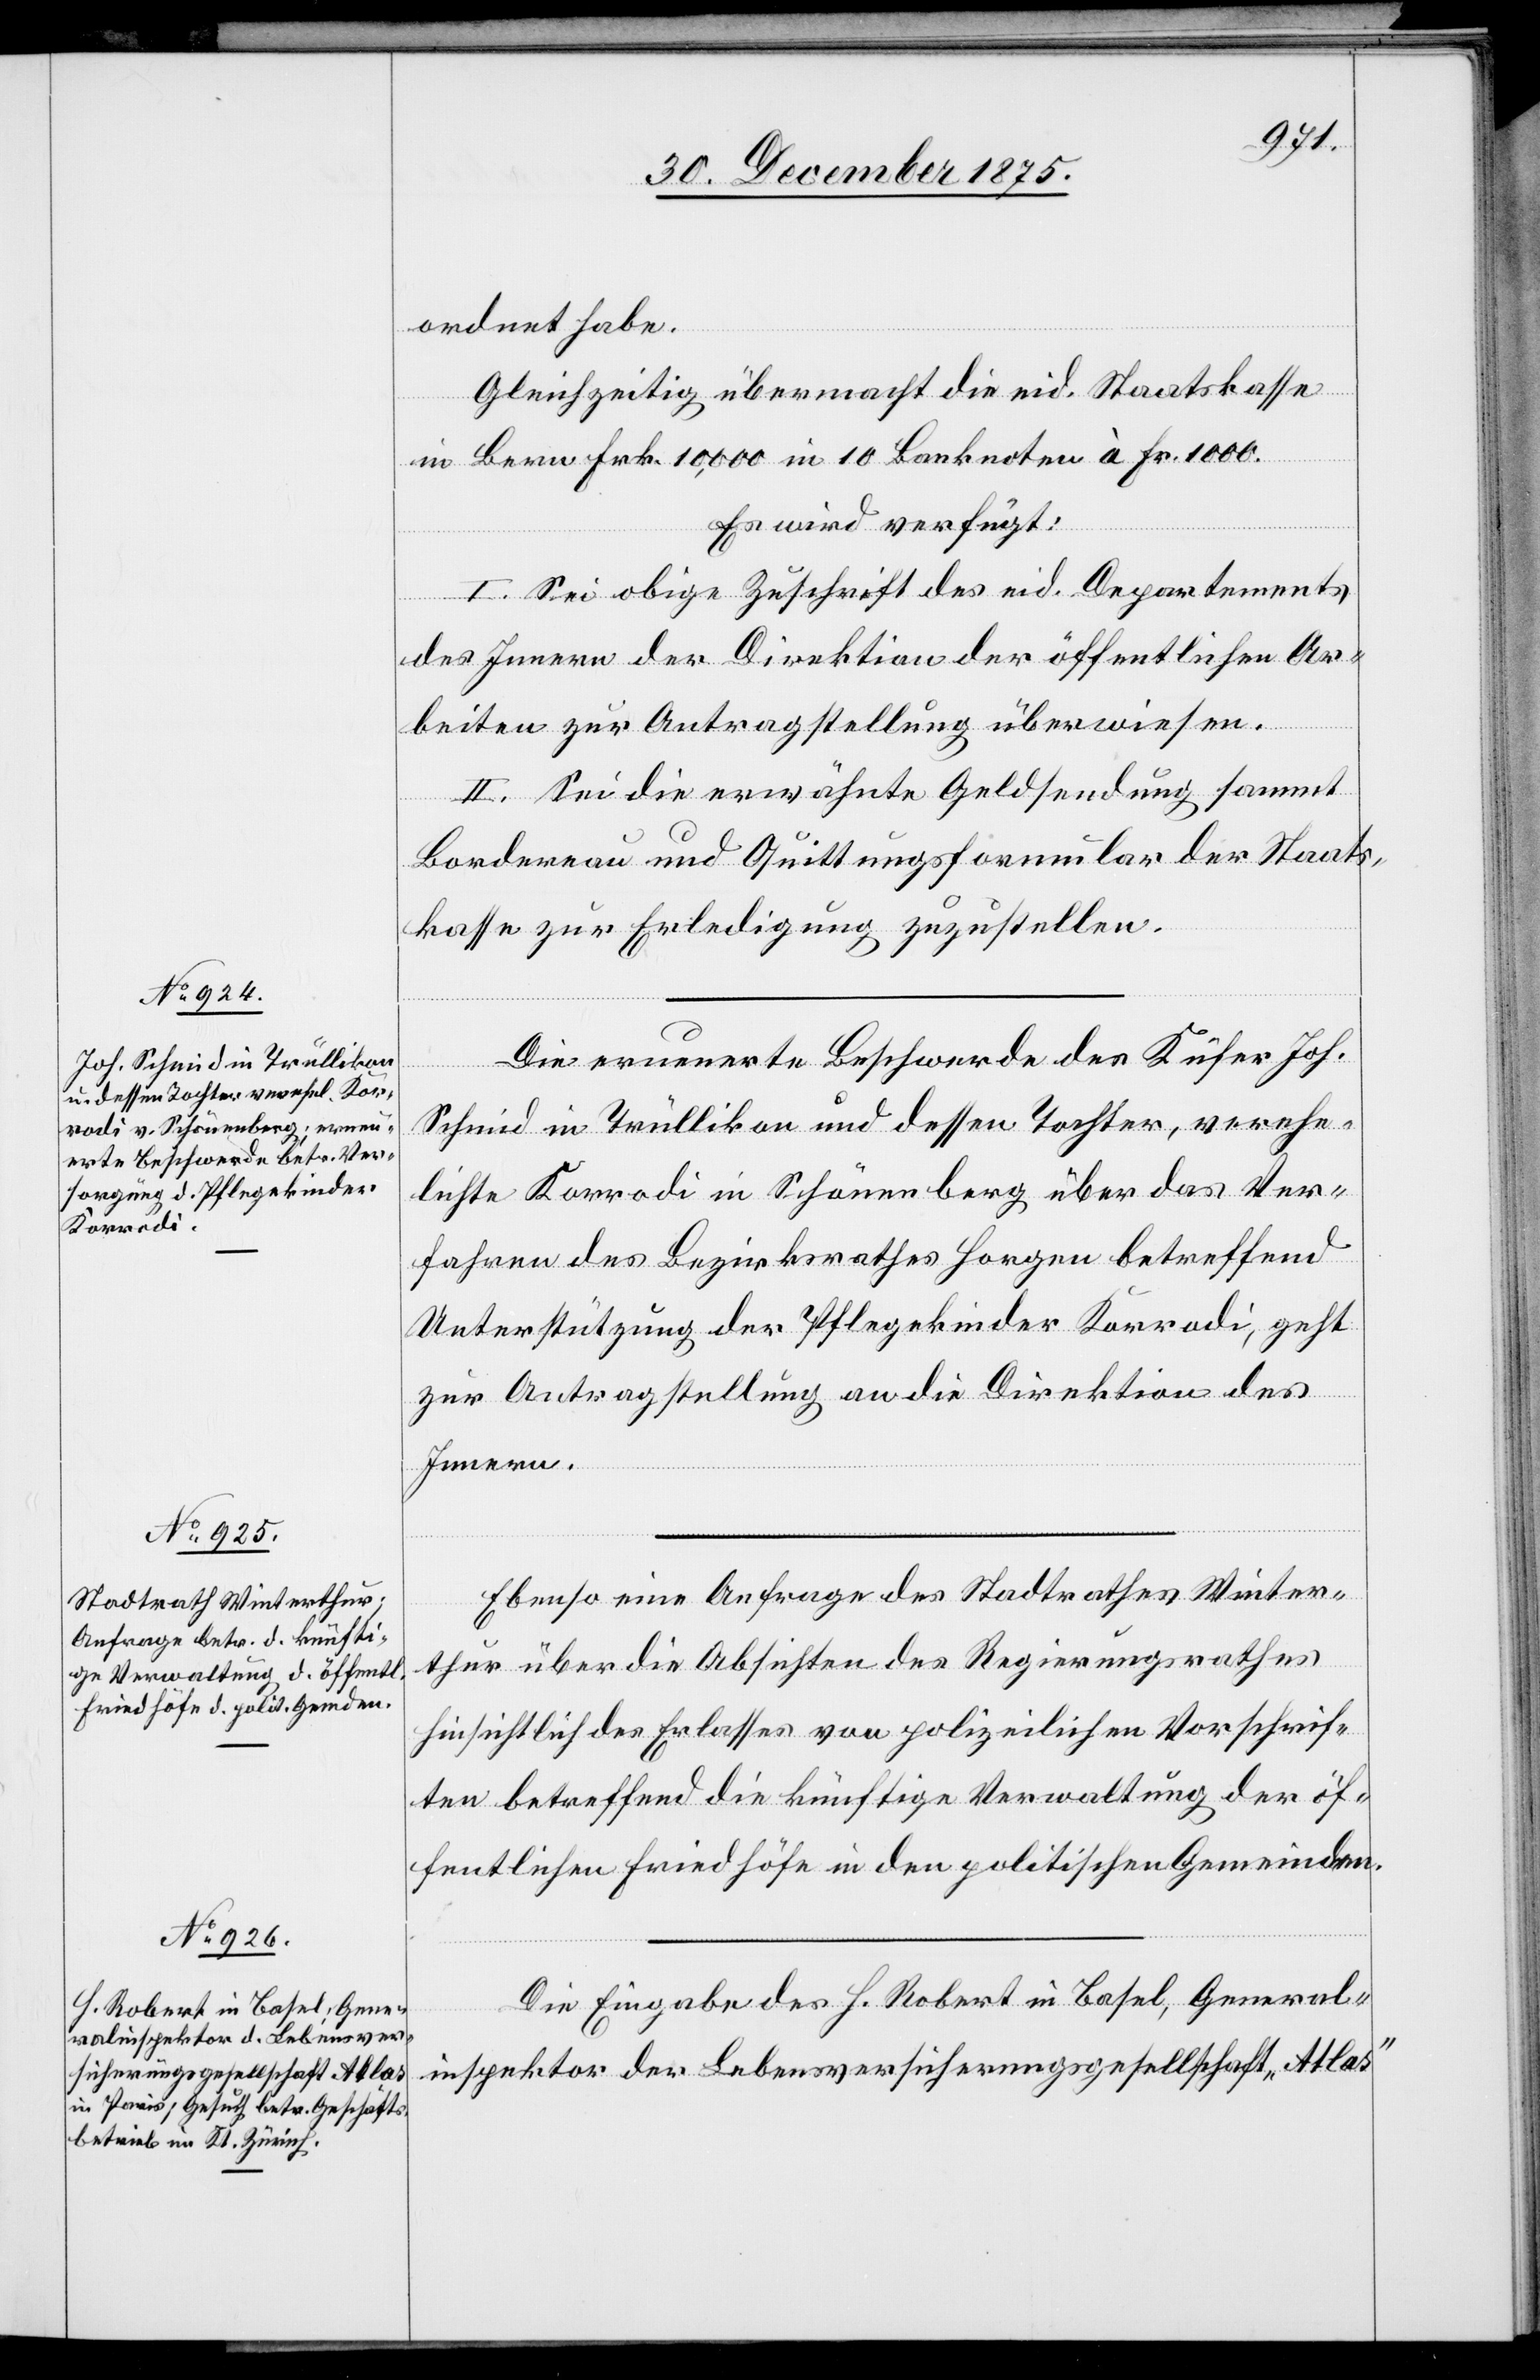
ordnet habe.
Gleichzeitig übermacht die eid. Staatskasse
in Bern Frk. 10,000 in 10 Banknoten à Fr. 1000.
Januar
Es wird verfügt:
I. Sei obige Zuschrift des eid. Departments
des Innern der Direktion der öffentlichen Ar¬
beiten zur Antragstellung überwiesen.
II. Sei die erwähnte Geldsendung sammt
Bordereau und Quittungsformular der Staats¬
kasse zur Erledigung zuzustellen.
Die erneuerte Beschwerde des Küfer Joh.
5.
Schmid in Trüllikon und dessen Tochter, verehe¬
lichte Korrodi in Schönenberg über das Ver¬
fahren des Bezirksrathes Horgen betreffend
Unterstützung der Pflegekinder Korrodi, geht
zur Antragstellung an die Direktion des
Innern.
Ebenso eine Anfrage des Stadtrathes Winter¬
thur über die Absichten des Regierungsrathes
hinsichtlich des Erlasses von polizeilichen Vorschrif¬
ten betreffend die künftige Verwaltung der öf¬
fentlichen Friedhöfe in den politischen Gemeinden.
Die Eingabe des H. Robert in Basel, General¬
inspektor der Lebensversicherungsgesellschaft „Atlas“